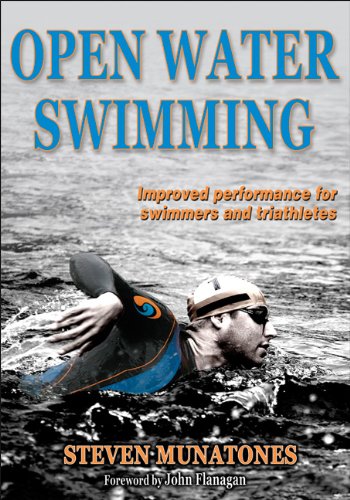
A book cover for Open Water Swimming; Steven Munatones; Health, Fitness & Dieting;